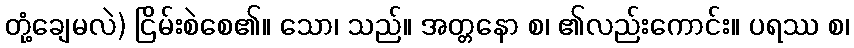
တုံ့ချေမလဲ) ငြိမ်းစဲစေ၏။ သော၊ သည်။ အတ္တနော စ၊ ၏လည်းကောင်း။ ပရဿ စ၊